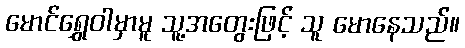
မောင်ရွှေဝါမှာမူ သူ့အတွေးဖြင့် သူ မောနေသည်။